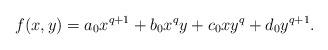
LaTeX: \begin{align*}f(x,y) = a_0 x^{q+1} + b_0 x^qy + c_0 xy^q + d_0 y^{q+1}.\end{align*}